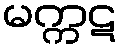
မက္ကဋ